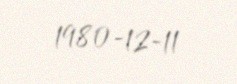
1980-12-11